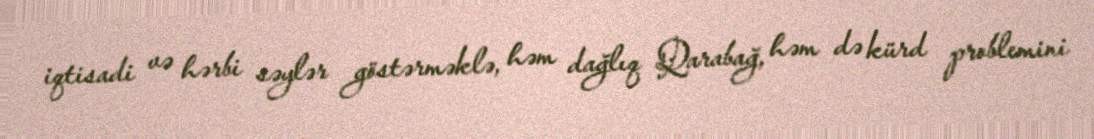
iqtisadi və hərbi səylər göstərməklə, həm dağlıq Qarabağ, həm də kürd problemini